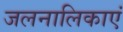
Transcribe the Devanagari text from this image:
जलनालिकाएं